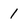
Character: 1